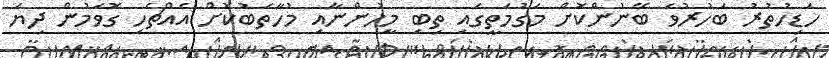
ހަޑިހުތުރު ބަހުރުވަ ބޭނުންކޮށް މަގުމަތީގައި ތިބި މީހުންނާއި މުހާތަބުކޮށް އެއްޗެހި ގޮވަމުން ދިޔަ